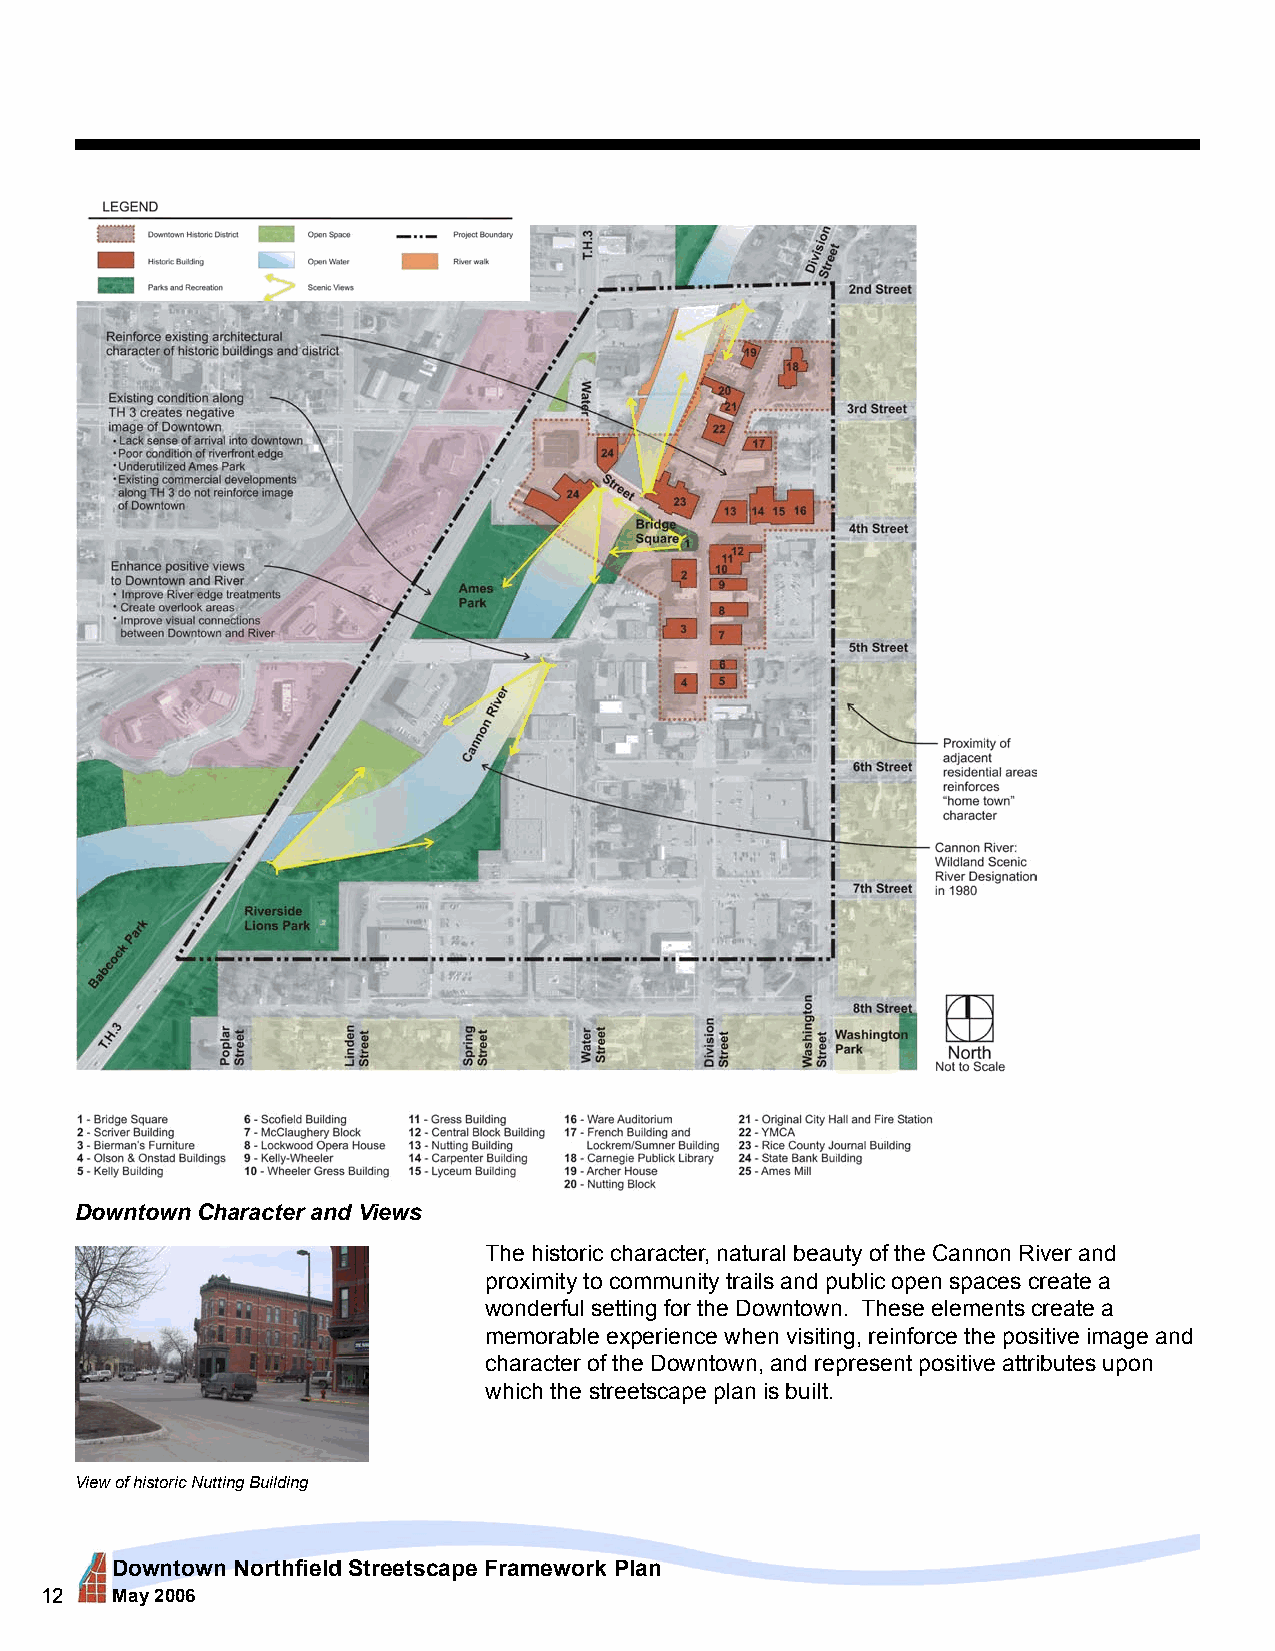
Downtown Character and Views
 The historic character, natural beauty of the Cannon River and
 proximity to community trails and public open spaces create a
 wonderful setting for the Downtown. These elements create a
 memorable experience when visiting, reinforce the positive image and
 character of the Downtown, and represent positive attributes upon
 which the streetscape plan is built.
 View of historic Nutting Building
 Downtown Northfield Streetscape Framework Plan
 12  May 2006